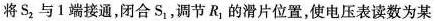
将S_{2}与1端接通，闭合S_{1}，调节R_{1}的滑片位置，使电压表读数为某